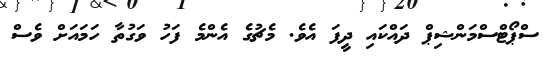
ސްޕޯޓްސްމަންޝިޕް ދައްކައި ދީފަ އެވެ. މެޗުގެ އެންމެ ފަހު ވަގުތާ ހަމައަށް ވެސް